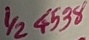
Text: 1/24538